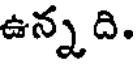
ఉన్న ది.